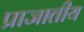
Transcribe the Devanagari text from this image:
प्राजातीय